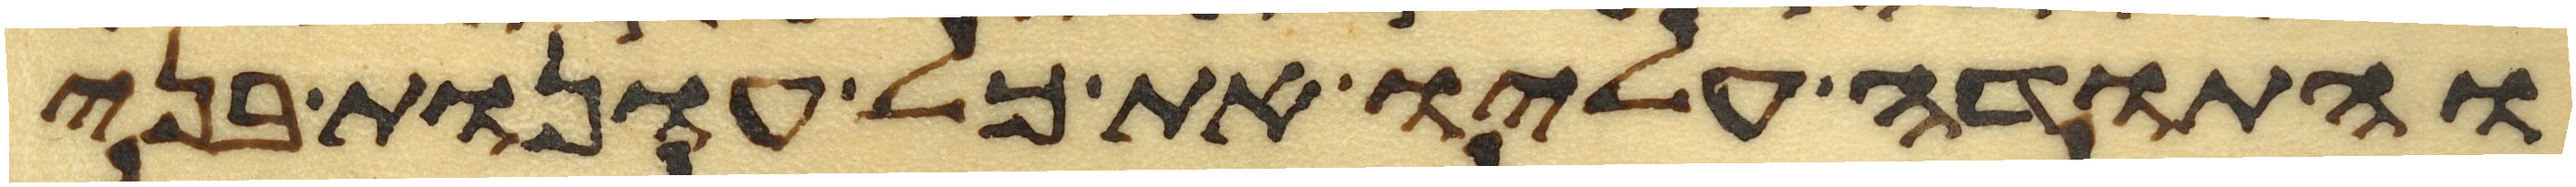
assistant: והתודה עליו את כל עונות בני